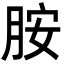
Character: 胺